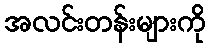
အလင်းတန်းများကို